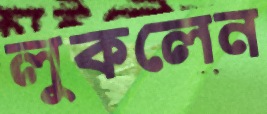
লুকলেন